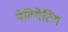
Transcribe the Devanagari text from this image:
नेविगेटिंग